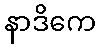
နာဒိကေ